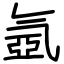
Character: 氬